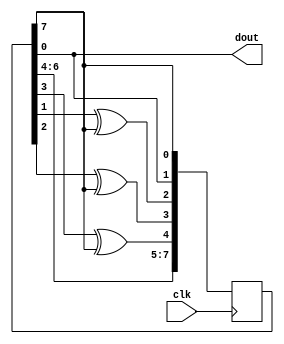
module lfsr2(input wire clk, output wire dout);
    reg [7:0] LFSR = 255;
    wire feedback = LFSR[7];
    assign dout = LFSR[0];
    always @(posedge clk) begin
      LFSR[0] <= feedback;
      LFSR[1] <= LFSR[0];
      LFSR[2] <= LFSR[1] ^ feedback;
      LFSR[3] <= LFSR[2] ^ feedback;
      LFSR[4] <= LFSR[3] ^ feedback;
      LFSR[5] <= LFSR[4];
      LFSR[6] <= LFSR[5];
      LFSR[7] <= LFSR[6];
    end
endmodule